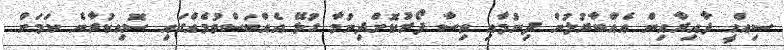
ސިއްހީ ދާއިރާއިން އެއްބާރުލުން ދިނުމާއި ވިސާ ފޯރުކޮށްދިނުމާ ގުޅޭ އެއްބަސްވުމެއްގައި ސޮއިކުރާނެ ކަމަށް